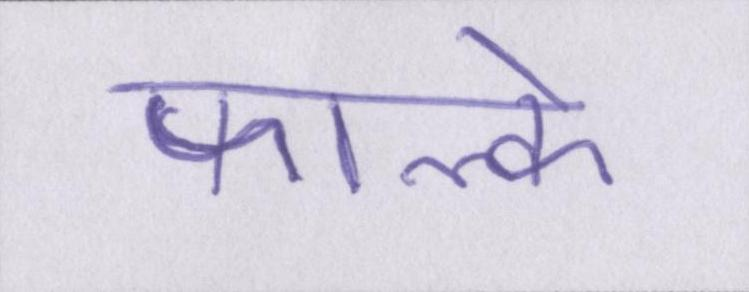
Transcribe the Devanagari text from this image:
फाल्के